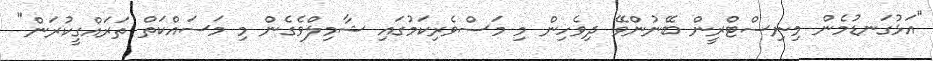
"އަޅުގަނޑުމެން މިނިސްޓްރީން ބޭނުންވޭ ދިވެހިން މި މަސްވެރިކަމުގައި ޝާމިލްވެގެން މި މަސައްކަތް ތަރައްގީކުރަން"